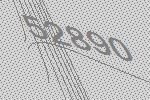
52890